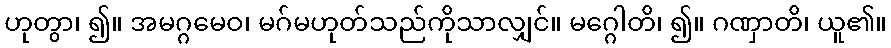
ဟုတွာ၊ ၍။ အမဂ္ဂမေဝ၊ မဂ်မဟုတ်သည်ကိုသာလျှင်။ မဂ္ဂေါတိ၊ ၍။ ဂဏှာတိ၊ ယူ၏။